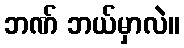
ဘဏ် ဘယ်မှာလဲ။